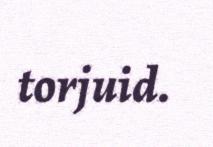
torjuid.